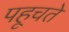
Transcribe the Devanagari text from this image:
पहूचते